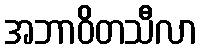
အဘာဝိတသီလာ